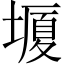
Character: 𡐯